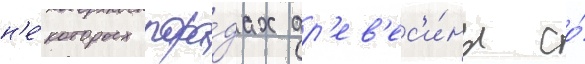
н'е́которых поро́дах др'ев'ес'и́ны со́